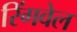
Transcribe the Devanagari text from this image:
रिंगवेल